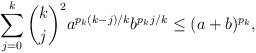
LaTeX: \begin{align*}\sum_{j=0}^{k} \dbinom{k}{j}^2 a^{p_k(k-j)/k} b^{p_k j/k} \leq (a+b)^{p_k},\end{align*}